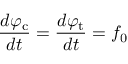
\frac { d \varphi _ { \mathrm { c } } } { d t } = \frac { d \varphi _ { \mathrm { t } } } { d t } = f _ { 0 }